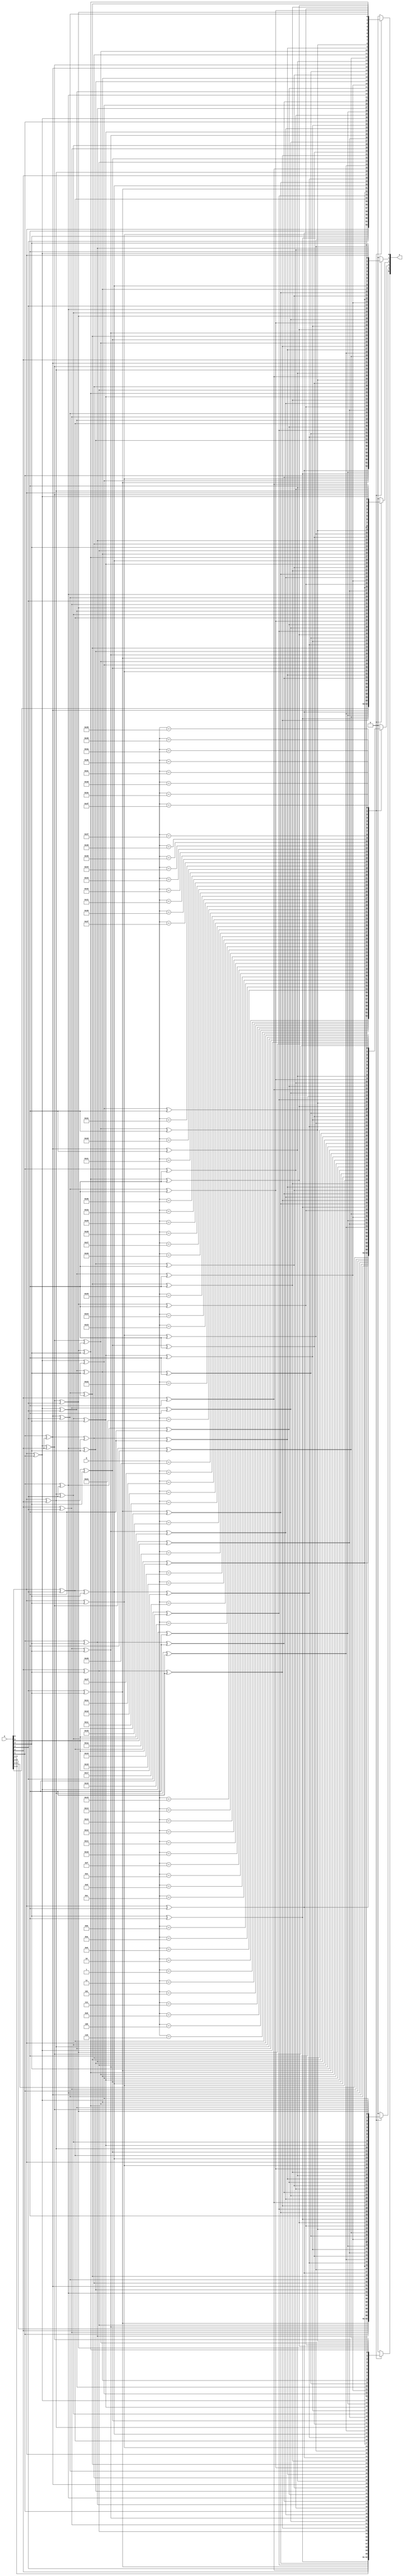
`timescale 1ns/100ps
module gf64mul_dec(
    input       [5:0] a,
    input       [5:0] b,
    output  reg [5:0] z
);
always @(*)
begin
    case (b)
        6'd1:
            begin
                z[0] = a[0];
                z[1] = a[1];
                z[2] = a[2];
                z[3] = a[3];
                z[4] = a[4];
                z[5] = a[5];
            end
        6'd2:
            begin
                z[0] = a[5];
                z[1] = a[0] ^ a[5];
                z[2] = a[1];
                z[3] = a[2];
                z[4] = a[3];
                z[5] = a[4];
            end
        6'd3:
            begin
                z[0] = a[0] ^ a[5];
                z[1] = a[0] ^ a[1] ^ a[5];
                z[2] = a[1] ^ a[2];
                z[3] = a[2] ^ a[3];
                z[4] = a[3] ^ a[4];
                z[5] = a[4] ^ a[5];
            end
        6'd4:
            begin
                z[0] = a[4];
                z[1] = a[4] ^ a[5];
                z[2] = a[0] ^ a[5];
                z[3] = a[1];
                z[4] = a[2];
                z[5] = a[3];
            end
        6'd5:
            begin
                z[0] = a[0] ^ a[4];
                z[1] = a[1] ^ a[4] ^ a[5];
                z[2] = a[0] ^ a[2] ^ a[5];
                z[3] = a[1] ^ a[3];
                z[4] = a[2] ^ a[4];
                z[5] = a[3] ^ a[5];
            end
        6'd6:
            begin
                z[0] = a[4] ^ a[5];
                z[1] = a[0] ^ a[4];
                z[2] = a[0] ^ a[1] ^ a[5];
                z[3] = a[1] ^ a[2];
                z[4] = a[2] ^ a[3];
                z[5] = a[3] ^ a[4];
            end
        6'd7:
            begin
                z[0] = a[0] ^ a[4] ^ a[5];
                z[1] = a[0] ^ a[1] ^ a[4];
                z[2] = a[0] ^ a[1] ^ a[2] ^ a[5];
                z[3] = a[1] ^ a[2] ^ a[3];
                z[4] = a[2] ^ a[3] ^ a[4];
                z[5] = a[3] ^ a[4] ^ a[5];
            end
        6'd8:
            begin
                z[0] = a[3];
                z[1] = a[3] ^ a[4];
                z[2] = a[4] ^ a[5];
                z[3] = a[0] ^ a[5];
                z[4] = a[1];
                z[5] = a[2];
            end
        6'd9:
            begin
                z[0] = a[0] ^ a[3];
                z[1] = a[1] ^ a[3] ^ a[4];
                z[2] = a[2] ^ a[4] ^ a[5];
                z[3] = a[0] ^ a[3] ^ a[5];
                z[4] = a[1] ^ a[4];
                z[5] = a[2] ^ a[5];
            end
        6'd10:
            begin
                z[0] = a[3] ^ a[5];
                z[1] = a[0] ^ a[3] ^ a[4] ^ a[5];
                z[2] = a[1] ^ a[4] ^ a[5];
                z[3] = a[0] ^ a[2] ^ a[5];
                z[4] = a[1] ^ a[3];
                z[5] = a[2] ^ a[4];
            end
        6'd11:
            begin
                z[0] = a[0] ^ a[3] ^ a[5];
                z[1] = a[0] ^ a[1] ^ a[3] ^ a[4] ^ a[5];
                z[2] = a[1] ^ a[2] ^ a[4] ^ a[5];
                z[3] = a[0] ^ a[2] ^ a[3] ^ a[5];
                z[4] = a[1] ^ a[3] ^ a[4];
                z[5] = a[2] ^ a[4] ^ a[5];
            end
        6'd12:
            begin
                z[0] = a[3] ^ a[4];
                z[1] = a[3] ^ a[5];
                z[2] = a[0] ^ a[4];
                z[3] = a[0] ^ a[1] ^ a[5];
                z[4] = a[1] ^ a[2];
                z[5] = a[2] ^ a[3];
            end
        6'd13:
            begin
                z[0] = a[0] ^ a[3] ^ a[4];
                z[1] = a[1] ^ a[3] ^ a[5];
                z[2] = a[0] ^ a[2] ^ a[4];
                z[3] = a[0] ^ a[1] ^ a[3] ^ a[5];
                z[4] = a[1] ^ a[2] ^ a[4];
                z[5] = a[2] ^ a[3] ^ a[5];
            end
        6'd14:
            begin
                z[0] = a[3] ^ a[4] ^ a[5];
                z[1] = a[0] ^ a[3];
                z[2] = a[0] ^ a[1] ^ a[4];
                z[3] = a[0] ^ a[1] ^ a[2] ^ a[5];
                z[4] = a[1] ^ a[2] ^ a[3];
                z[5] = a[2] ^ a[3] ^ a[4];
            end
        6'd15:
            begin
                z[0] = a[0] ^ a[3] ^ a[4] ^ a[5];
                z[1] = a[0] ^ a[1] ^ a[3];
                z[2] = a[0] ^ a[1] ^ a[2] ^ a[4];
                z[3] = a[0] ^ a[1] ^ a[2] ^ a[3] ^ a[5];
                z[4] = a[1] ^ a[2] ^ a[3] ^ a[4];
                z[5] = a[2] ^ a[3] ^ a[4] ^ a[5];
            end
        6'd16:
            begin
                z[0] = a[2];
                z[1] = a[2] ^ a[3];
                z[2] = a[3] ^ a[4];
                z[3] = a[4] ^ a[5];
                z[4] = a[0] ^ a[5];
                z[5] = a[1];
            end
        6'd17:
            begin
                z[0] = a[0] ^ a[2];
                z[1] = a[1] ^ a[2] ^ a[3];
                z[2] = a[2] ^ a[3] ^ a[4];
                z[3] = a[3] ^ a[4] ^ a[5];
                z[4] = a[0] ^ a[4] ^ a[5];
                z[5] = a[1] ^ a[5];
            end
        6'd18:
            begin
                z[0] = a[2] ^ a[5];
                z[1] = a[0] ^ a[2] ^ a[3] ^ a[5];
                z[2] = a[1] ^ a[3] ^ a[4];
                z[3] = a[2] ^ a[4] ^ a[5];
                z[4] = a[0] ^ a[3] ^ a[5];
                z[5] = a[1] ^ a[4];
            end
        6'd19:
            begin
                z[0] = a[0] ^ a[2] ^ a[5];
                z[1] = a[0] ^ a[1] ^ a[2] ^ a[3] ^ a[5];
                z[2] = a[1] ^ a[2] ^ a[3] ^ a[4];
                z[3] = a[2] ^ a[3] ^ a[4] ^ a[5];
                z[4] = a[0] ^ a[3] ^ a[4] ^ a[5];
                z[5] = a[1] ^ a[4] ^ a[5];
            end
        6'd20:
            begin
                z[0] = a[2] ^ a[4];
                z[1] = a[2] ^ a[3] ^ a[4] ^ a[5];
                z[2] = a[0] ^ a[3] ^ a[4] ^ a[5];
                z[3] = a[1] ^ a[4] ^ a[5];
                z[4] = a[0] ^ a[2] ^ a[5];
                z[5] = a[1] ^ a[3];
            end
        6'd21:
            begin
                z[0] = a[0] ^ a[2] ^ a[4];
                z[1] = a[1] ^ a[2] ^ a[3] ^ a[4] ^ a[5];
                z[2] = a[0] ^ a[2] ^ a[3] ^ a[4] ^ a[5];
                z[3] = a[1] ^ a[3] ^ a[4] ^ a[5];
                z[4] = a[0] ^ a[2] ^ a[4] ^ a[5];
                z[5] = a[1] ^ a[3] ^ a[5];
            end
        6'd22:
            begin
                z[0] = a[2] ^ a[4] ^ a[5];
                z[1] = a[0] ^ a[2] ^ a[3] ^ a[4];
                z[2] = a[0] ^ a[1] ^ a[3] ^ a[4] ^ a[5];
                z[3] = a[1] ^ a[2] ^ a[4] ^ a[5];
                z[4] = a[0] ^ a[2] ^ a[3] ^ a[5];
                z[5] = a[1] ^ a[3] ^ a[4];
            end
        6'd23:
            begin
                z[0] = a[0] ^ a[2] ^ a[4] ^ a[5];
                z[1] = a[0] ^ a[1] ^ a[2] ^ a[3] ^ a[4];
                z[2] = a[0] ^ a[1] ^ a[2] ^ a[3] ^ a[4] ^ a[5];
                z[3] = a[1] ^ a[2] ^ a[3] ^ a[4] ^ a[5];
                z[4] = a[0] ^ a[2] ^ a[3] ^ a[4] ^ a[5];
                z[5] = a[1] ^ a[3] ^ a[4] ^ a[5];
            end
        6'd24:
            begin
                z[0] = a[2] ^ a[3];
                z[1] = a[2] ^ a[4];
                z[2] = a[3] ^ a[5];
                z[3] = a[0] ^ a[4];
                z[4] = a[0] ^ a[1] ^ a[5];
                z[5] = a[1] ^ a[2];
            end
        6'd25:
            begin
                z[0] = a[0] ^ a[2] ^ a[3];
                z[1] = a[1] ^ a[2] ^ a[4];
                z[2] = a[2] ^ a[3] ^ a[5];
                z[3] = a[0] ^ a[3] ^ a[4];
                z[4] = a[0] ^ a[1] ^ a[4] ^ a[5];
                z[5] = a[1] ^ a[2] ^ a[5];
            end
        6'd26:
            begin
                z[0] = a[2] ^ a[3] ^ a[5];
                z[1] = a[0] ^ a[2] ^ a[4] ^ a[5];
                z[2] = a[1] ^ a[3] ^ a[5];
                z[3] = a[0] ^ a[2] ^ a[4];
                z[4] = a[0] ^ a[1] ^ a[3] ^ a[5];
                z[5] = a[1] ^ a[2] ^ a[4];
            end
        6'd27:
            begin
                z[0] = a[0] ^ a[2] ^ a[3] ^ a[5];
                z[1] = a[0] ^ a[1] ^ a[2] ^ a[4] ^ a[5];
                z[2] = a[1] ^ a[2] ^ a[3] ^ a[5];
                z[3] = a[0] ^ a[2] ^ a[3] ^ a[4];
                z[4] = a[0] ^ a[1] ^ a[3] ^ a[4] ^ a[5];
                z[5] = a[1] ^ a[2] ^ a[4] ^ a[5];
            end
        6'd28:
            begin
                z[0] = a[2] ^ a[3] ^ a[4];
                z[1] = a[2] ^ a[5];
                z[2] = a[0] ^ a[3];
                z[3] = a[0] ^ a[1] ^ a[4];
                z[4] = a[0] ^ a[1] ^ a[2] ^ a[5];
                z[5] = a[1] ^ a[2] ^ a[3];
            end
        6'd29:
            begin
                z[0] = a[0] ^ a[2] ^ a[3] ^ a[4];
                z[1] = a[1] ^ a[2] ^ a[5];
                z[2] = a[0] ^ a[2] ^ a[3];
                z[3] = a[0] ^ a[1] ^ a[3] ^ a[4];
                z[4] = a[0] ^ a[1] ^ a[2] ^ a[4] ^ a[5];
                z[5] = a[1] ^ a[2] ^ a[3] ^ a[5];
            end
        6'd30:
            begin
                z[0] = a[2] ^ a[3] ^ a[4] ^ a[5];
                z[1] = a[0] ^ a[2];
                z[2] = a[0] ^ a[1] ^ a[3];
                z[3] = a[0] ^ a[1] ^ a[2] ^ a[4];
                z[4] = a[0] ^ a[1] ^ a[2] ^ a[3] ^ a[5];
                z[5] = a[1] ^ a[2] ^ a[3] ^ a[4];
            end
        6'd31:
            begin
                z[0] = a[0] ^ a[2] ^ a[3] ^ a[4] ^ a[5];
                z[1] = a[0] ^ a[1] ^ a[2];
                z[2] = a[0] ^ a[1] ^ a[2] ^ a[3];
                z[3] = a[0] ^ a[1] ^ a[2] ^ a[3] ^ a[4];
                z[4] = a[0] ^ a[1] ^ a[2] ^ a[3] ^ a[4] ^ a[5];
                z[5] = a[1] ^ a[2] ^ a[3] ^ a[4] ^ a[5];
            end
        6'd32:
            begin
                z[0] = a[1];
                z[1] = a[1] ^ a[2];
                z[2] = a[2] ^ a[3];
                z[3] = a[3] ^ a[4];
                z[4] = a[4] ^ a[5];
                z[5] = a[0] ^ a[5];
            end
        6'd33:
            begin
                z[0] = a[0] ^ a[1];
                z[1] = a[2];
                z[2] = a[3];
                z[3] = a[4];
                z[4] = a[5];
                z[5] = a[0];
            end
        6'd34:
            begin
                z[0] = a[1] ^ a[5];
                z[1] = a[0] ^ a[1] ^ a[2] ^ a[5];
                z[2] = a[1] ^ a[2] ^ a[3];
                z[3] = a[2] ^ a[3] ^ a[4];
                z[4] = a[3] ^ a[4] ^ a[5];
                z[5] = a[0] ^ a[4] ^ a[5];
            end
        6'd35:
            begin
                z[0] = a[0] ^ a[1] ^ a[5];
                z[1] = a[0] ^ a[2] ^ a[5];
                z[2] = a[1] ^ a[3];
                z[3] = a[2] ^ a[4];
                z[4] = a[3] ^ a[5];
                z[5] = a[0] ^ a[4];
            end
        6'd36:
            begin
                z[0] = a[1] ^ a[4];
                z[1] = a[1] ^ a[2] ^ a[4] ^ a[5];
                z[2] = a[0] ^ a[2] ^ a[3] ^ a[5];
                z[3] = a[1] ^ a[3] ^ a[4];
                z[4] = a[2] ^ a[4] ^ a[5];
                z[5] = a[0] ^ a[3] ^ a[5];
            end
        6'd37:
            begin
                z[0] = a[0] ^ a[1] ^ a[4];
                z[1] = a[2] ^ a[4] ^ a[5];
                z[2] = a[0] ^ a[3] ^ a[5];
                z[3] = a[1] ^ a[4];
                z[4] = a[2] ^ a[5];
                z[5] = a[0] ^ a[3];
            end
        6'd38:
            begin
                z[0] = a[1] ^ a[4] ^ a[5];
                z[1] = a[0] ^ a[1] ^ a[2] ^ a[4];
                z[2] = a[0] ^ a[1] ^ a[2] ^ a[3] ^ a[5];
                z[3] = a[1] ^ a[2] ^ a[3] ^ a[4];
                z[4] = a[2] ^ a[3] ^ a[4] ^ a[5];
                z[5] = a[0] ^ a[3] ^ a[4] ^ a[5];
            end
        6'd39:
            begin
                z[0] = a[0] ^ a[1] ^ a[4] ^ a[5];
                z[1] = a[0] ^ a[2] ^ a[4];
                z[2] = a[0] ^ a[1] ^ a[3] ^ a[5];
                z[3] = a[1] ^ a[2] ^ a[4];
                z[4] = a[2] ^ a[3] ^ a[5];
                z[5] = a[0] ^ a[3] ^ a[4];
            end
        6'd40:
            begin
                z[0] = a[1] ^ a[3];
                z[1] = a[1] ^ a[2] ^ a[3] ^ a[4];
                z[2] = a[2] ^ a[3] ^ a[4] ^ a[5];
                z[3] = a[0] ^ a[3] ^ a[4] ^ a[5];
                z[4] = a[1] ^ a[4] ^ a[5];
                z[5] = a[0] ^ a[2] ^ a[5];
            end
        6'd41:
            begin
                z[0] = a[0] ^ a[1] ^ a[3];
                z[1] = a[2] ^ a[3] ^ a[4];
                z[2] = a[3] ^ a[4] ^ a[5];
                z[3] = a[0] ^ a[4] ^ a[5];
                z[4] = a[1] ^ a[5];
                z[5] = a[0] ^ a[2];
            end
        6'd42:
            begin
                z[0] = a[1] ^ a[3] ^ a[5];
                z[1] = a[0] ^ a[1] ^ a[2] ^ a[3] ^ a[4] ^ a[5];
                z[2] = a[1] ^ a[2] ^ a[3] ^ a[4] ^ a[5];
                z[3] = a[0] ^ a[2] ^ a[3] ^ a[4] ^ a[5];
                z[4] = a[1] ^ a[3] ^ a[4] ^ a[5];
                z[5] = a[0] ^ a[2] ^ a[4] ^ a[5];
            end
        6'd43:
            begin
                z[0] = a[0] ^ a[1] ^ a[3] ^ a[5];
                z[1] = a[0] ^ a[2] ^ a[3] ^ a[4] ^ a[5];
                z[2] = a[1] ^ a[3] ^ a[4] ^ a[5];
                z[3] = a[0] ^ a[2] ^ a[4] ^ a[5];
                z[4] = a[1] ^ a[3] ^ a[5];
                z[5] = a[0] ^ a[2] ^ a[4];
            end
        6'd44:
            begin
                z[0] = a[1] ^ a[3] ^ a[4];
                z[1] = a[1] ^ a[2] ^ a[3] ^ a[5];
                z[2] = a[0] ^ a[2] ^ a[3] ^ a[4];
                z[3] = a[0] ^ a[1] ^ a[3] ^ a[4] ^ a[5];
                z[4] = a[1] ^ a[2] ^ a[4] ^ a[5];
                z[5] = a[0] ^ a[2] ^ a[3] ^ a[5];
            end
        6'd45:
            begin
                z[0] = a[0] ^ a[1] ^ a[3] ^ a[4];
                z[1] = a[2] ^ a[3] ^ a[5];
                z[2] = a[0] ^ a[3] ^ a[4];
                z[3] = a[0] ^ a[1] ^ a[4] ^ a[5];
                z[4] = a[1] ^ a[2] ^ a[5];
                z[5] = a[0] ^ a[2] ^ a[3];
            end
        6'd46:
            begin
                z[0] = a[1] ^ a[3] ^ a[4] ^ a[5];
                z[1] = a[0] ^ a[1] ^ a[2] ^ a[3];
                z[2] = a[0] ^ a[1] ^ a[2] ^ a[3] ^ a[4];
                z[3] = a[0] ^ a[1] ^ a[2] ^ a[3] ^ a[4] ^ a[5];
                z[4] = a[1] ^ a[2] ^ a[3] ^ a[4] ^ a[5];
                z[5] = a[0] ^ a[2] ^ a[3] ^ a[4] ^ a[5];
            end
        6'd47:
            begin
                z[0] = a[0] ^ a[1] ^ a[3] ^ a[4] ^ a[5];
                z[1] = a[0] ^ a[2] ^ a[3];
                z[2] = a[0] ^ a[1] ^ a[3] ^ a[4];
                z[3] = a[0] ^ a[1] ^ a[2] ^ a[4] ^ a[5];
                z[4] = a[1] ^ a[2] ^ a[3] ^ a[5];
                z[5] = a[0] ^ a[2] ^ a[3] ^ a[4];
            end
        6'd48:
            begin
                z[0] = a[1] ^ a[2];
                z[1] = a[1] ^ a[3];
                z[2] = a[2] ^ a[4];
                z[3] = a[3] ^ a[5];
                z[4] = a[0] ^ a[4];
                z[5] = a[0] ^ a[1] ^ a[5];
            end
        6'd49:
            begin
                z[0] = a[0] ^ a[1] ^ a[2];
                z[1] = a[3];
                z[2] = a[4];
                z[3] = a[5];
                z[4] = a[0];
                z[5] = a[0] ^ a[1];
            end
        6'd50:
            begin
                z[0] = a[1] ^ a[2] ^ a[5];
                z[1] = a[0] ^ a[1] ^ a[3] ^ a[5];
                z[2] = a[1] ^ a[2] ^ a[4];
                z[3] = a[2] ^ a[3] ^ a[5];
                z[4] = a[0] ^ a[3] ^ a[4];
                z[5] = a[0] ^ a[1] ^ a[4] ^ a[5];
            end
        6'd51:
            begin
                z[0] = a[0] ^ a[1] ^ a[2] ^ a[5];
                z[1] = a[0] ^ a[3] ^ a[5];
                z[2] = a[1] ^ a[4];
                z[3] = a[2] ^ a[5];
                z[4] = a[0] ^ a[3];
                z[5] = a[0] ^ a[1] ^ a[4];
            end
        6'd52:
            begin
                z[0] = a[1] ^ a[2] ^ a[4];
                z[1] = a[1] ^ a[3] ^ a[4] ^ a[5];
                z[2] = a[0] ^ a[2] ^ a[4] ^ a[5];
                z[3] = a[1] ^ a[3] ^ a[5];
                z[4] = a[0] ^ a[2] ^ a[4];
                z[5] = a[0] ^ a[1] ^ a[3] ^ a[5];
            end
        6'd53:
            begin
                z[0] = a[0] ^ a[1] ^ a[2] ^ a[4];
                z[1] = a[3] ^ a[4] ^ a[5];
                z[2] = a[0] ^ a[4] ^ a[5];
                z[3] = a[1] ^ a[5];
                z[4] = a[0] ^ a[2];
                z[5] = a[0] ^ a[1] ^ a[3];
            end
        6'd54:
            begin
                z[0] = a[1] ^ a[2] ^ a[4] ^ a[5];
                z[1] = a[0] ^ a[1] ^ a[3] ^ a[4];
                z[2] = a[0] ^ a[1] ^ a[2] ^ a[4] ^ a[5];
                z[3] = a[1] ^ a[2] ^ a[3] ^ a[5];
                z[4] = a[0] ^ a[2] ^ a[3] ^ a[4];
                z[5] = a[0] ^ a[1] ^ a[3] ^ a[4] ^ a[5];
            end
        6'd55:
            begin
                z[0] = a[0] ^ a[1] ^ a[2] ^ a[4] ^ a[5];
                z[1] = a[0] ^ a[3] ^ a[4];
                z[2] = a[0] ^ a[1] ^ a[4] ^ a[5];
                z[3] = a[1] ^ a[2] ^ a[5];
                z[4] = a[0] ^ a[2] ^ a[3];
                z[5] = a[0] ^ a[1] ^ a[3] ^ a[4];
            end
        6'd56:
            begin
                z[0] = a[1] ^ a[2] ^ a[3];
                z[1] = a[1] ^ a[4];
                z[2] = a[2] ^ a[5];
                z[3] = a[0] ^ a[3];
                z[4] = a[0] ^ a[1] ^ a[4];
                z[5] = a[0] ^ a[1] ^ a[2] ^ a[5];
            end
        6'd57:
            begin
                z[0] = a[0] ^ a[1] ^ a[2] ^ a[3];
                z[1] = a[4];
                z[2] = a[5];
                z[3] = a[0];
                z[4] = a[0] ^ a[1];
                z[5] = a[0] ^ a[1] ^ a[2];
            end
        6'd58:
            begin
                z[0] = a[1] ^ a[2] ^ a[3] ^ a[5];
                z[1] = a[0] ^ a[1] ^ a[4] ^ a[5];
                z[2] = a[1] ^ a[2] ^ a[5];
                z[3] = a[0] ^ a[2] ^ a[3];
                z[4] = a[0] ^ a[1] ^ a[3] ^ a[4];
                z[5] = a[0] ^ a[1] ^ a[2] ^ a[4] ^ a[5];
            end
        6'd59:
            begin
                z[0] = a[0] ^ a[1] ^ a[2] ^ a[3] ^ a[5];
                z[1] = a[0] ^ a[4] ^ a[5];
                z[2] = a[1] ^ a[5];
                z[3] = a[0] ^ a[2];
                z[4] = a[0] ^ a[1] ^ a[3];
                z[5] = a[0] ^ a[1] ^ a[2] ^ a[4];
            end
        6'd60:
            begin
                z[0] = a[1] ^ a[2] ^ a[3] ^ a[4];
                z[1] = a[1] ^ a[5];
                z[2] = a[0] ^ a[2];
                z[3] = a[0] ^ a[1] ^ a[3];
                z[4] = a[0] ^ a[1] ^ a[2] ^ a[4];
                z[5] = a[0] ^ a[1] ^ a[2] ^ a[3] ^ a[5];
            end
        6'd61:
            begin
                z[0] = a[0] ^ a[1] ^ a[2] ^ a[3] ^ a[4];
                z[1] = a[5];
                z[2] = a[0];
                z[3] = a[0] ^ a[1];
                z[4] = a[0] ^ a[1] ^ a[2];
                z[5] = a[0] ^ a[1] ^ a[2] ^ a[3];
            end
        6'd62:
            begin
                z[0] = a[1] ^ a[2] ^ a[3] ^ a[4] ^ a[5];
                z[1] = a[0] ^ a[1];
                z[2] = a[0] ^ a[1] ^ a[2];
                z[3] = a[0] ^ a[1] ^ a[2] ^ a[3];
                z[4] = a[0] ^ a[1] ^ a[2] ^ a[3] ^ a[4];
                z[5] = a[0] ^ a[1] ^ a[2] ^ a[3] ^ a[4] ^ a[5];
            end
        6'd63:
            begin
                z[0] = a[0] ^ a[1] ^ a[2] ^ a[3] ^ a[4] ^ a[5];
                z[1] = a[0];
                z[2] = a[0] ^ a[1];
                z[3] = a[0] ^ a[1] ^ a[2];
                z[4] = a[0] ^ a[1] ^ a[2] ^ a[3];
                z[5] = a[0] ^ a[1] ^ a[2] ^ a[3] ^ a[4];
            end
        default:
            begin
                z[0] = 0; 
                z[1] = 0; 
                z[2] = 0; 
                z[3] = 0; 
                z[4] = 0; 
                z[5] = 0; 
            end
    endcase
end
endmodule